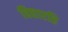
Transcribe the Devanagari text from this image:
विद्यारति